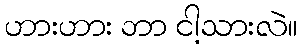
ဟားဟား ဘာ ငါ့သားလဲ။